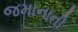
જમાનાની